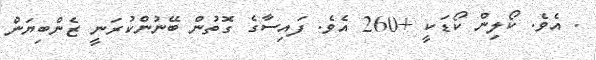
. އެވެ. ކޯލިން ކޯޑަކީ +260 އެވެ. ފައިސާގެ ގޮތުން ބޭނުންކުރަނީ ޒެންބިޔަން